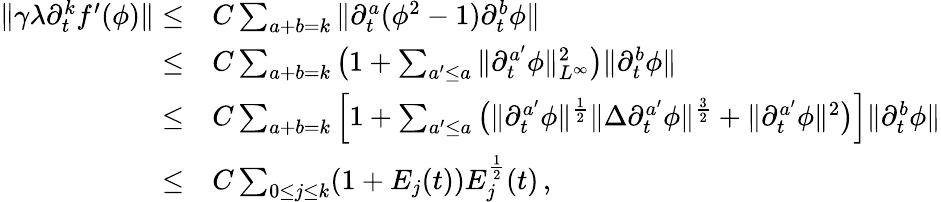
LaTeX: \begin{array}{rl}{\| \gamma\lambda\partial_{t}^{k}f^{\prime}(\phi)\| \leq}&{C\sum_{a+b=k}\| \partial_{t}^{a}(\phi^{2}-1)\partial_{t}^{b}\phi\| }\\ {\leq}&{C\sum_{a+b=k}\big(1+\sum_{a^{\prime}\leq a}\| \partial_{t}^{a^{\prime}}\phi\| _{L^{\infty}}^{2}\big)\| \partial_{t}^{b}\phi\| }\\ {\leq}&{C\sum_{a+b=k}\Big[1+\sum_{a^{\prime}\leq a}\big(\| \partial_{t}^{a^{\prime}}\phi\| ^{\frac{1}{2}}\| \Delta\partial_{t}^{a^{\prime}}\phi\| ^{\frac{3}{2}}+\| \partial_{t}^{a^{\prime}}\phi\| ^{2}\big)\Big]\| \partial_{t}^{b}\phi\| }\\ {\leq}&{C\sum_{0\leq j\leq k}(1+E_{j}(t))E_{j}^{\frac{1}{2}}(t)\, ,}\end{array}